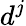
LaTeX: d^{j}